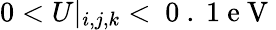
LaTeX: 0<U|_{i,j,k}<\mathrm{~0~.~1~e~V~}